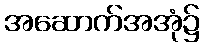
အဆောက်အအုံ၌